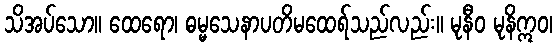
သိအပ်သော။ ထေရော၊ ဓမ္မသေနာပတိမထေရ်သည်လည်း။ မုနီဝ မုနိဣဝ၊